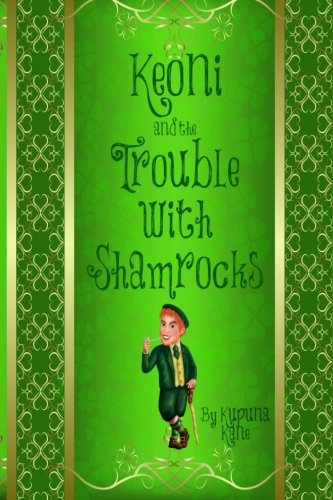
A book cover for Keoni and The Trouble with Shamrocks (Keoni the Menehune) (Volume 5); Kupuna Kane; Parenting & Relationships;